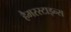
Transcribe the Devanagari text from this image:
हैमरस्टाइन्स